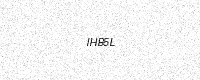
Text: IHB5L